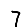
Digit: 7